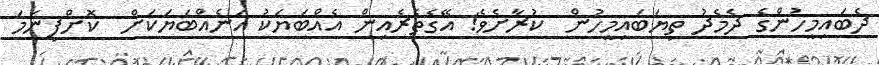
ދެބައިމީހުންގެ ދެމެދު ތިޔަބައިމީހުން  ކުރާށެވެ! އޭގެތެރެއިން އެއްބަޔަކު އަނެއްބަޔަކަށް  ކޮށްފިނަމަ